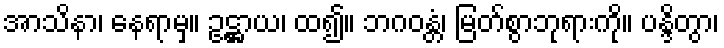
အာသိနာ၊ နေရာမှ။ ဥဋ္ဌာယ၊ ထ၍။ ဘဂဝန္တံ၊ မြတ်စွာဘုရားကို။ ပန္ဒိတွာ၊